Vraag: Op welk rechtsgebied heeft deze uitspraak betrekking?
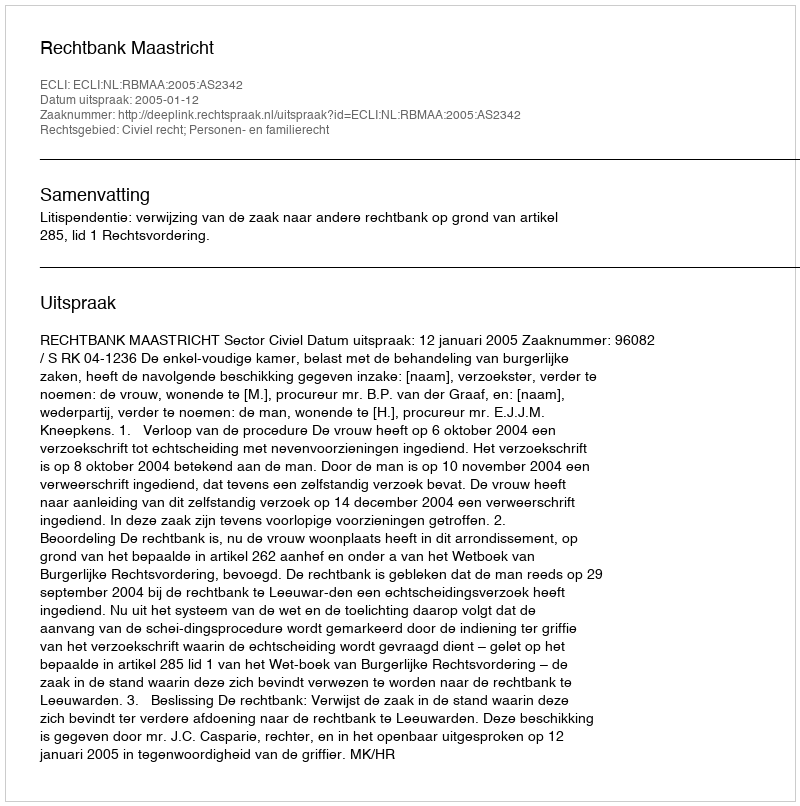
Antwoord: Civiel recht; Personen- en familierecht